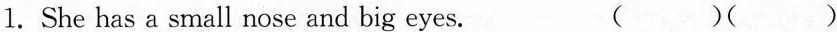
1. She has a small nose and big eyes. （）（）